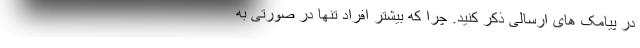
در پیامک های ارسالی ذکر کنید. چرا که بیشتر افراد تنها در صورتی به